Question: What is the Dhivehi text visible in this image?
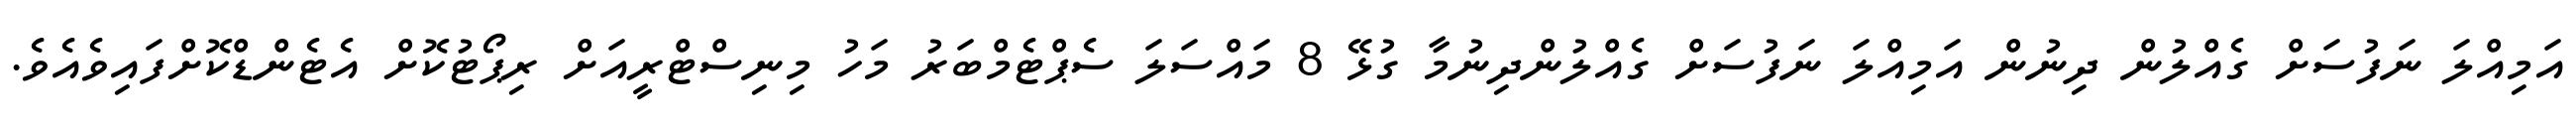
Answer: އަމިއްލަ ނަފުސަށް ގެއްލުން ދިނުން އަމިއްލަ ނަފުސަށް ގެއްލުންދިނުމާ ގުޅޭ 8 މައްސަލަ ސެޕްޓެމްބަރު މަހު މިނިސްޓްރީއަށް ރިޕޯޓުކޮށް އެޓެންޑްކޮށްފައިވެއެވެ.